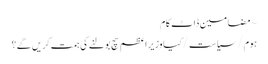
~ مضامین ڈاٹ کام
ہوم/سیاست/کیا وزیر اعظم سچ بولنے کی ہمت کریں گے؟